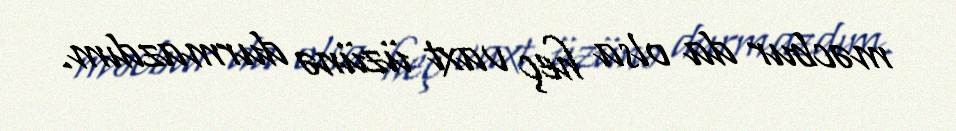
məcbur da olsa heç vaxt üzünə durmazdım.